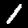
Label: 1